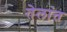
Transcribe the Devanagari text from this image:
तेलांत